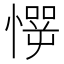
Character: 㦍